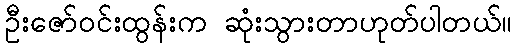
ဦးဇော်ဝင်းထွန်းက ဆုံးသွားတာဟုတ်ပါတယ်။